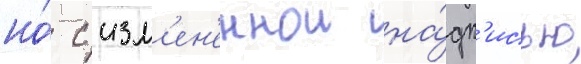
но́ с изм'ен'еннои на́дп'исью